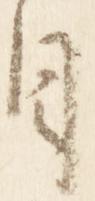
目